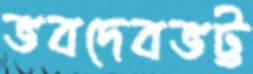
ভবদেবভট্ট